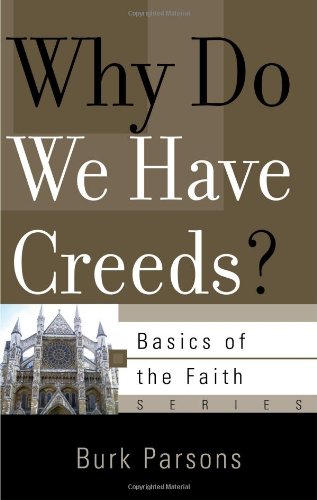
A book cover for Why Do We Have Creeds? (Basics of the Faith); Burk Parsons; Christian Books & Bibles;